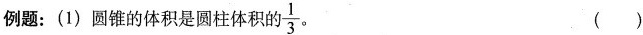
例题：(1)圆锥的体积是圆柱体积的 \frac{1}{3}。 ( )